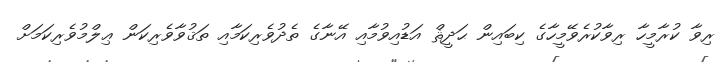
ރިވާ ކުރާމީހާ ރިވާކުރެވޭމީހާގެ ކިބައިން ޙަދީޘް އަޑުއިވުމާއި އޭނާގެ ތެދުވެރިކަމާއި ތަޤުވާވެރިކަން ޢިލްމުވެރިކަމަށް